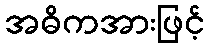
အဓိကအားဖြင့်